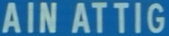
AINATTIG